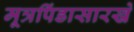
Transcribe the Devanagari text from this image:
मूत्रपिंडासारखे